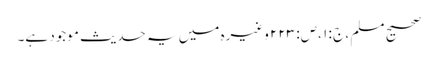
صحیح مسلم ، ج : ۱ ،ص: ۲۲۳ وغیرہ میں یہ حدیث موجود ہے۔